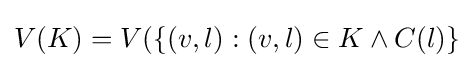
V(K)=V(\{(v,l):(v,l)\in K\land C(l)\}